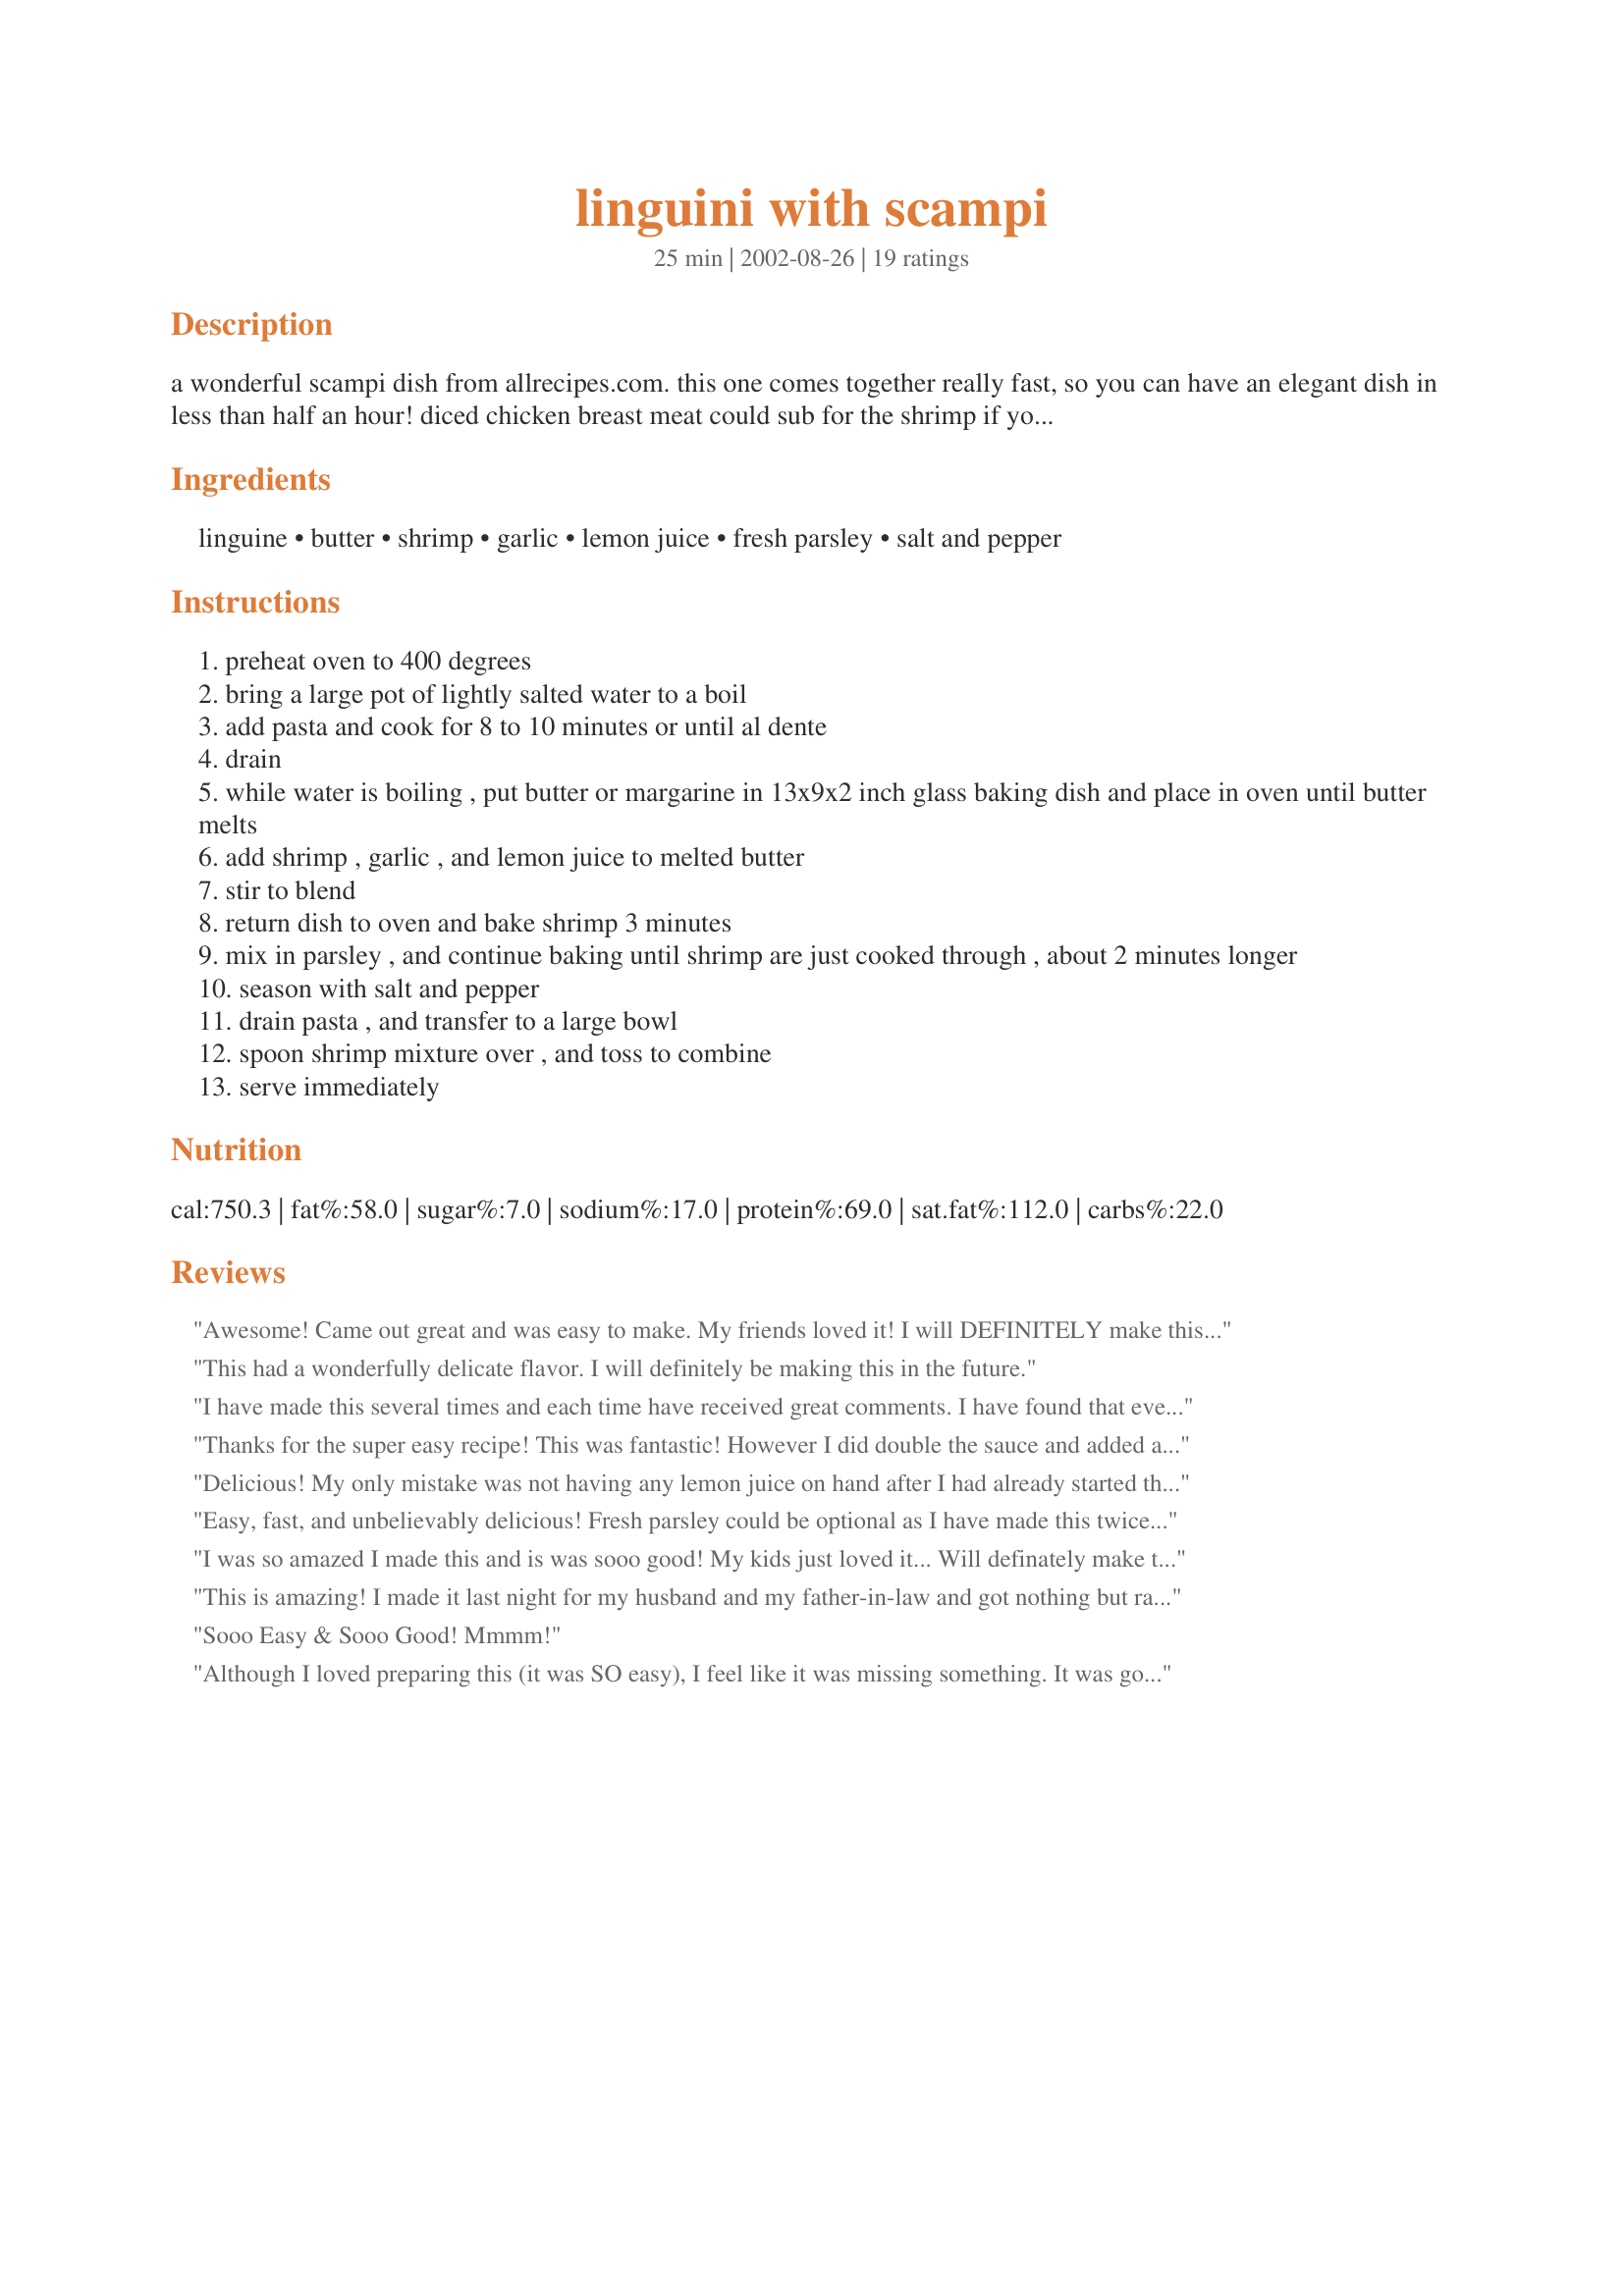
linguini with scampi
Preparation time: 25 minutes

a wonderful scampi dish from allrecipes.com. this one comes together really fast, so you can have an elegant dish in less than half an hour! diced chicken breast meat could sub for the shrimp if you're so inclined.

Ingredients:
linguine, butter, shrimp, garlic, lemon juice, fresh parsley, salt and pepper

Steps:
preheat oven to 400 degrees
bring a large pot of lightly salted water to a boil
add pasta and cook for 8 to 10 minutes or until al dente
drain
while water is boiling , put butter or margarine in 13x9x2 inch glass baking dish and place in oven until butter melts
add shrimp , garlic , and lemon juice to melted butter
stir to blend
return dish to oven and bake shrimp 3 minutes
mix in parsley , and continue baking until shrimp are just cooked through , about 2 minutes longer
season with salt and pepper
drain pasta , and transfer to a large bowl
spoon shrimp mixture over , and toss to combine
serve immediately

Reviews:
Awesome! Came out great and was easy to make. My friends loved it! I will DEFINITELY make this again... The only thing I did slightly different was sprinkle garlic powder over it each time I put it in the oven... My friends love garlic. But it tastes great either way!
This had a wonderfully delicate flavor. I will definitely be making this in the future.
I have made this several times and each time have received great comments. I have found that even using a 1 pound package of linguine, the taste is retained and it adds another serving.
Thanks for the super easy recipe! This was fantastic! However I did double the sauce and added a splash of white wine and some extra garlic. I love garlic! My guests were impressed with this meal and raved about it. This was excellent served with a salad and some garlic bread. Thanks!
Delicious! My only mistake was not having any lemon juice on hand after I had already started this. It didn't seem to matter. It was wonderful.
Easy, fast, and unbelievably delicious! Fresh parsley could be optional as I have made this twice and found no significant to taste. Thanks for sharing!
I was so amazed I made this and is was sooo good! My kids just loved it... Will definately make this again.. thank you!
This is amazing! I made it last night for my husband and my father-in-law and got nothing but rave reviews, and it was so fast! I just forwarded it onto the rest of my family. This is a keeper!

Sooo Easy & Sooo Good! Mmmm!
Although I loved preparing this (it was SO easy), I feel like it was missing something. It was good, but could have used a little crushed red pepper flake or something to spice it up. But it was very good and I will make it again.
This was a wonderful, quick and easy recipe. The only thing I will do different next time, is saute the shrimp on the top of the stove, instead of the oven. I just prefer to cook what I can on top of the stove and toss instead of stir. Don't ask me why, just one of those little quirks. 
Thanks for the great recipe. My DH loves shrimp fixed this way and was delighted with the dish.
YUM, YUM, YUM!! Even w/ my "oops". I read several recipes that evening & remembered one that called for 8 cloves of garlic (rather than the 4 cloves) and it was still DELICIOUS!! Plus, I also used dry parsley (didn't have any fresh on-hand). Still, great ... but next time I might add just A LITTLE more lemon juice for some kick (it wasn't even detectible).
Very simple and very tasty. I made this dish on the stovetop and it was wonderful. It makes you feel like you're eating a meal that was time consuming to prepare. Served it with a salad and crusty bread.
Excellent. I made this exactly as stated and it was fast and spectacular. Next time I'll be sure to have crusty bread/rolls on hand to help clean up the delectable juices. This is a definite keeper in my house, one I'll make again and again. Thanks for posting.
This was the feature for our Valentine Dinner for DH, DS and myself, along with some steamed asparagus and french bread.

It perfectly fit the bill for a meal that said "Wow" with minimal effort.
This was such an easy way to fix shrimp! I thought the taste was great, even though I didn't have any lemon juice to put in it. Instead of parsley, I just added Italian seasoning. Thanks so much for posting the recipe! :)
I've made this several times, it is fantastic. I make mine on the stove top and it turns out perfectly every time! Thank you for posting this wonderfully easy and totally delicious recipe!
This is awesome! I love Shrimp Scampi. I am going to try it with the chicken next. I know it will be just as good! I did add an extra clove of garlic. I love garlic ; ) It is also so simple to make. Thanks Yooper!
I fixed this wonderful dish for my family who is visiting for a family wedding. What a hit! 

I doubled the recipe and sauteed the shrimp with same ingredients in a wok shaped pan. Absolutely delicious!!! Wouldn't change a thing. Thanks Yooper
